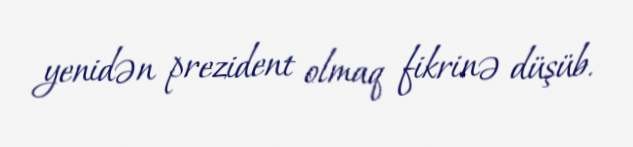
yenidən prezident olmaq fikrinə düşüb.